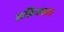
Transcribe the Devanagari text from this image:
डफ्रेिक्शन